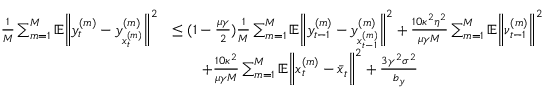
\begin{array} { r l } { \frac { 1 } { M } \sum _ { m = 1 } ^ { M } \mathbb { E } \bigg \| y _ { t } ^ { ( m ) } - y _ { x _ { t } ^ { ( m ) } } ^ { ( m ) } \bigg \| ^ { 2 } } & { \leq ( 1 - \frac { \mu \gamma } { 2 } ) \frac { 1 } { M } \sum _ { m = 1 } ^ { M } \mathbb { E } \bigg \| y _ { t - 1 } ^ { ( m ) } - y _ { x _ { t - 1 } ^ { ( m ) } } ^ { ( m ) } \bigg \| ^ { 2 } + \frac { 1 0 \kappa ^ { 2 } \eta ^ { 2 } } { \mu \gamma M } \sum _ { m = 1 } ^ { M } \mathbb { E } \bigg \| \nu _ { t - 1 } ^ { ( m ) } \bigg \| ^ { 2 } } \\ & { \qquad + \frac { 1 0 \kappa ^ { 2 } } { \mu \gamma M } \sum _ { m = 1 } ^ { M } \mathbb { E } \bigg \| x _ { t } ^ { ( m ) } - \bar { x } _ { t } \bigg \| ^ { 2 } + \frac { 3 \gamma ^ { 2 } \sigma ^ { 2 } } { b _ { y } } } \end{array}